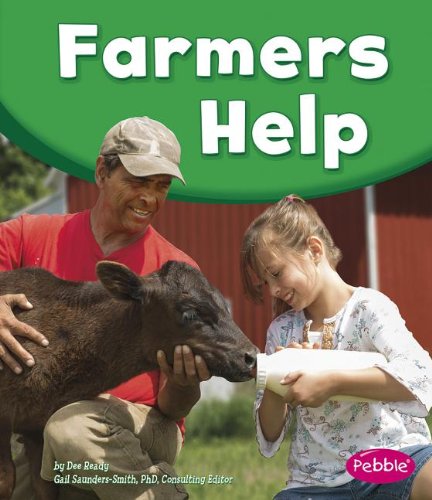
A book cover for Farmers Help (Our Community Helpers); Dee Ready; Children's Books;